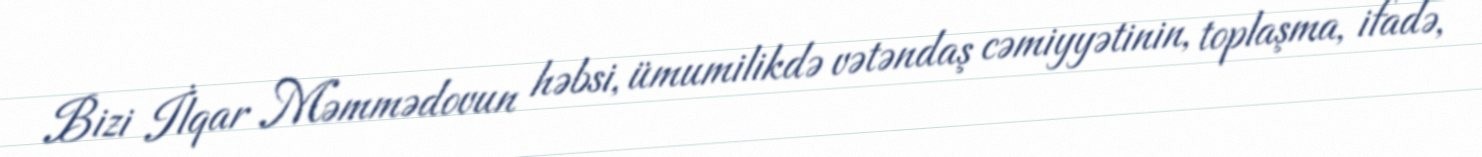
Bizi İlqar Məmmədovun həbsi, ümumilikdə vətəndaş cəmiyyətinin, toplaşma, ifadə,